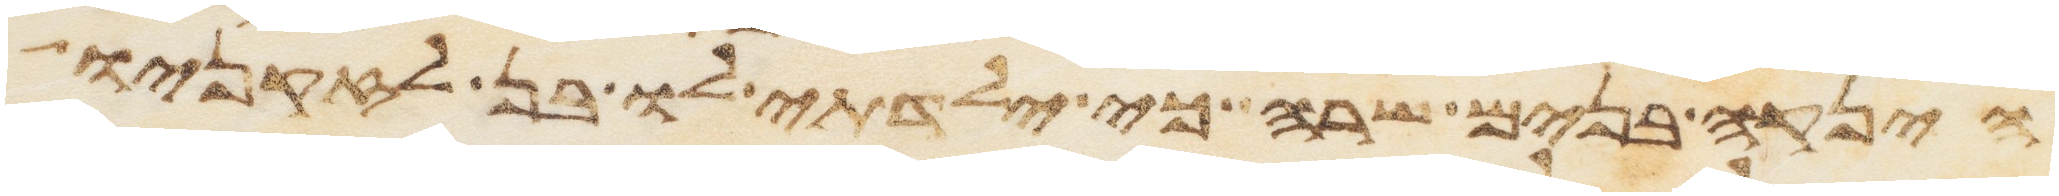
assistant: היניקה בנים שרה כי ילדתי לו בן לזקניו